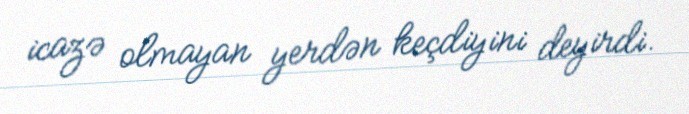
icazə olmayan yerdən keçdiyini deyirdi.